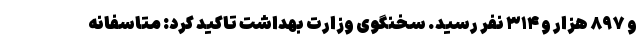
و ۸۹۷ هزار و ۳۱۴ نفر رسید. سخنگوی وزارت بهداشت تاکید کرد: متاسفانه